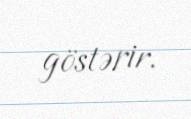
göstərir.